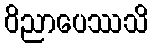
ဝိညာပေဿသိ